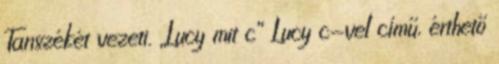
Tanszékét vezeti. „Lucy mit c” Lucy c-vel című, érthető